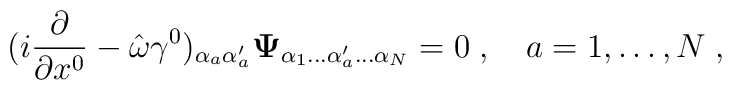
(i{\partial\over\partial x^0}-\hat{\omega}\gamma^0)_{\alpha_a\alpha^\prime_a}{\bf\Psi}_{\alpha_1\ldots\alpha^\prime_a\ldots\alpha_N}=0\;,\quad a=1,\ldots,N\;,